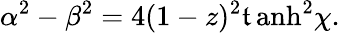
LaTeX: \alpha^{2}-\beta^{2}=4(1-z)^{2}\operatorname{\mathfrak{t}anh}^{2}\chi.